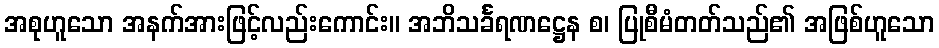
အစုဟူသော အနက်အားဖြင့်လည်းကောင်း။ အဘိသင်္ခရဏဋ္ဌေန စ၊ ပြုစီမံတတ်သည်၏ အဖြစ်ဟူသော